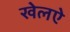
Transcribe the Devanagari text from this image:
खेलऐ